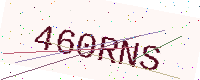
Text: 460RNS